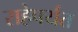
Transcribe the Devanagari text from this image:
राहेपर्यंत